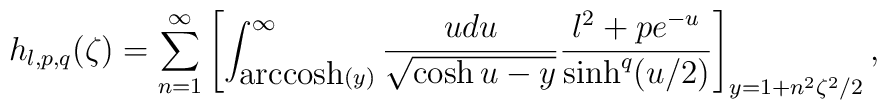
h_{l,p,q}(\zeta)=\sum_{n=1}^{\infty}\left[\int_{\mbox{arccosh}(y)}^{\infty}\frac{udu}{\sqrt{\cosh u-y}}\frac{l^2+pe^{-u}}{\sinh^q(u/2)}\right]_{y=1+n^2\zeta^2/2},